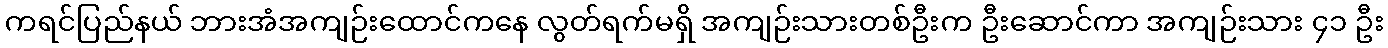
ကရင်ပြည်နယ် ဘားအံအကျဉ်းထောင်ကနေ လွတ်ရက်မရှိ အကျဉ်းသားတစ်ဦးက ဦးဆောင်ကာ အကျဉ်းသား ၄၁ ဦး